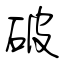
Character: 破